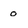
Character: o